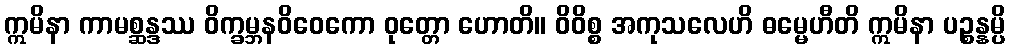
ဣမိနာ ကာမစ္ဆန္ဒဿ ဝိက္ခမ္ဘနဝိဝေကော ဝုတ္တော ဟောတိ။ ဝိဝိစ္စ အကုသလေဟိ ဓမ္မေဟီတိ ဣမိနာ ပဉ္စန္နမ္ပိ